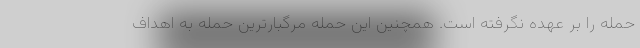
حمله را بر عهده نگرفته است. همچنین این حمله مرگبارترین حمله به اهداف